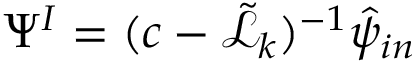
\Psi ^ { I } = ( c - \tilde { \mathcal { L } } _ { k } ) ^ { - 1 } \hat { \psi } _ { i n }